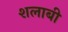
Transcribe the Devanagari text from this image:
शलाबी